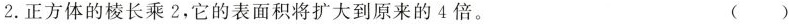
2.正方体的棱长乘2，它的表面积将扩大到原来的4倍。 ( )